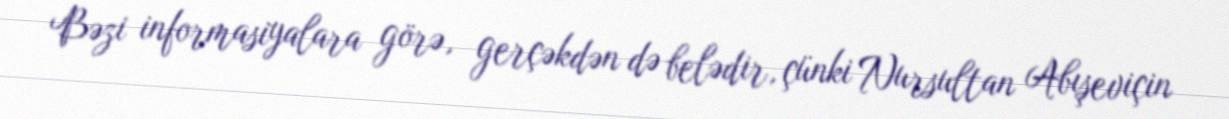
Bəzi informasiyalara görə, gerçəkdən də belədir, çünki Nursultan Abışeviçin